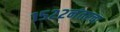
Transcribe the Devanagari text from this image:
१५२२नंतरचा